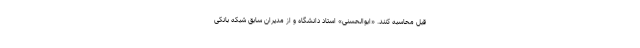
قبل محاسبه کنند. «ابوالحسنی» استاد دانشگاه و از مدیران سابق شبکه بانکی